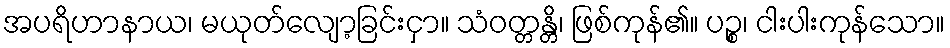
အပရိဟာနာယ၊ မယုတ်လျော့ခြင်းငှာ။ သံဝတ္တန္တိ၊ ဖြစ်ကုန်၏။ ပဉ္စ၊ ငါးပါးကုန်သော။